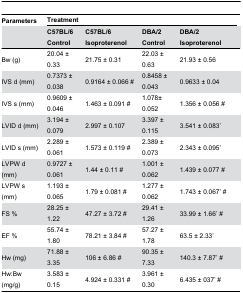
| Parameters | <COLSPAN=4> Treatment |
 |  | C57BL/6 Control | C57BL/6 Isoproterenol | DBA/2 Control | DBA/2 Isoproterenol |
 | --- | --- | --- | --- | --- |
 | Bw (g) | 20.04 ± 0.33 | 21.75 ± 0.31 | 22.03 ± 0.63 | 21.93 ± 0.56 |
 | IVS d (mm) | 0.7373 ± 0.038 | 0.9164 ± 0.066 # | 0.8458 ± 0.043 | 0.9633 ± 0.04 |
 | IVS s (mm) | 0.9609 ± 0.046 | 1.463 ± 0.091 # | 1.078± 0.052 | 1.356 ± 0.056 # |
 | LVID d (mm) | 3.194 ± 0.079 | 2.997 ± 0.107 | 3.397 ± 0.115 | 3.541 ± 0.083* |
 | LVID s (mm) | 2.289 ± 0.061 | 1.573 ± 0.119 # | 2.389 ± 0.073 | 2.343 ± 0.095* |
 | LVPW d (mm) | 0.9727 ± 0.061 | 1.44 ± 0.11 # | 1.001 ± 0.062 | 1.439 ± 0.077 # |
 | LVPW s (mm) | 1.193 ± 0.065 | 1.79 ± 0.081 # | 1.277 ± 0.062 | 1.743 ± 0.067* # |
 | FS % | 28.25 ± 1.22 | 47.27 ± 3.72 # | 29.41 ± 1.26 | 33.99 ± 1.66* # |
 | EF % | 55.74 ± 1.80 | 78.21 ± 3.84 # | 57.27 ± 1.78 | 63.5 ± 2.33* |
 | Hw (mg) | 71.88 ± 3.35 | 106 ± 6.86 # | 90.35 ± 7.33 | 140.3 ± 7.87* # |
 | Hw:Bw (mg/g) | 3.583 ± 0.15 | 4.924 ± 0.331 # | 3.961 ± 0.30 | 6.435 ± 037* # |